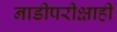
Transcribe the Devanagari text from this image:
नाडीपरीक्षाही